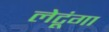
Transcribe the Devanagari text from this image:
लेटूंगा